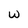
Character: w